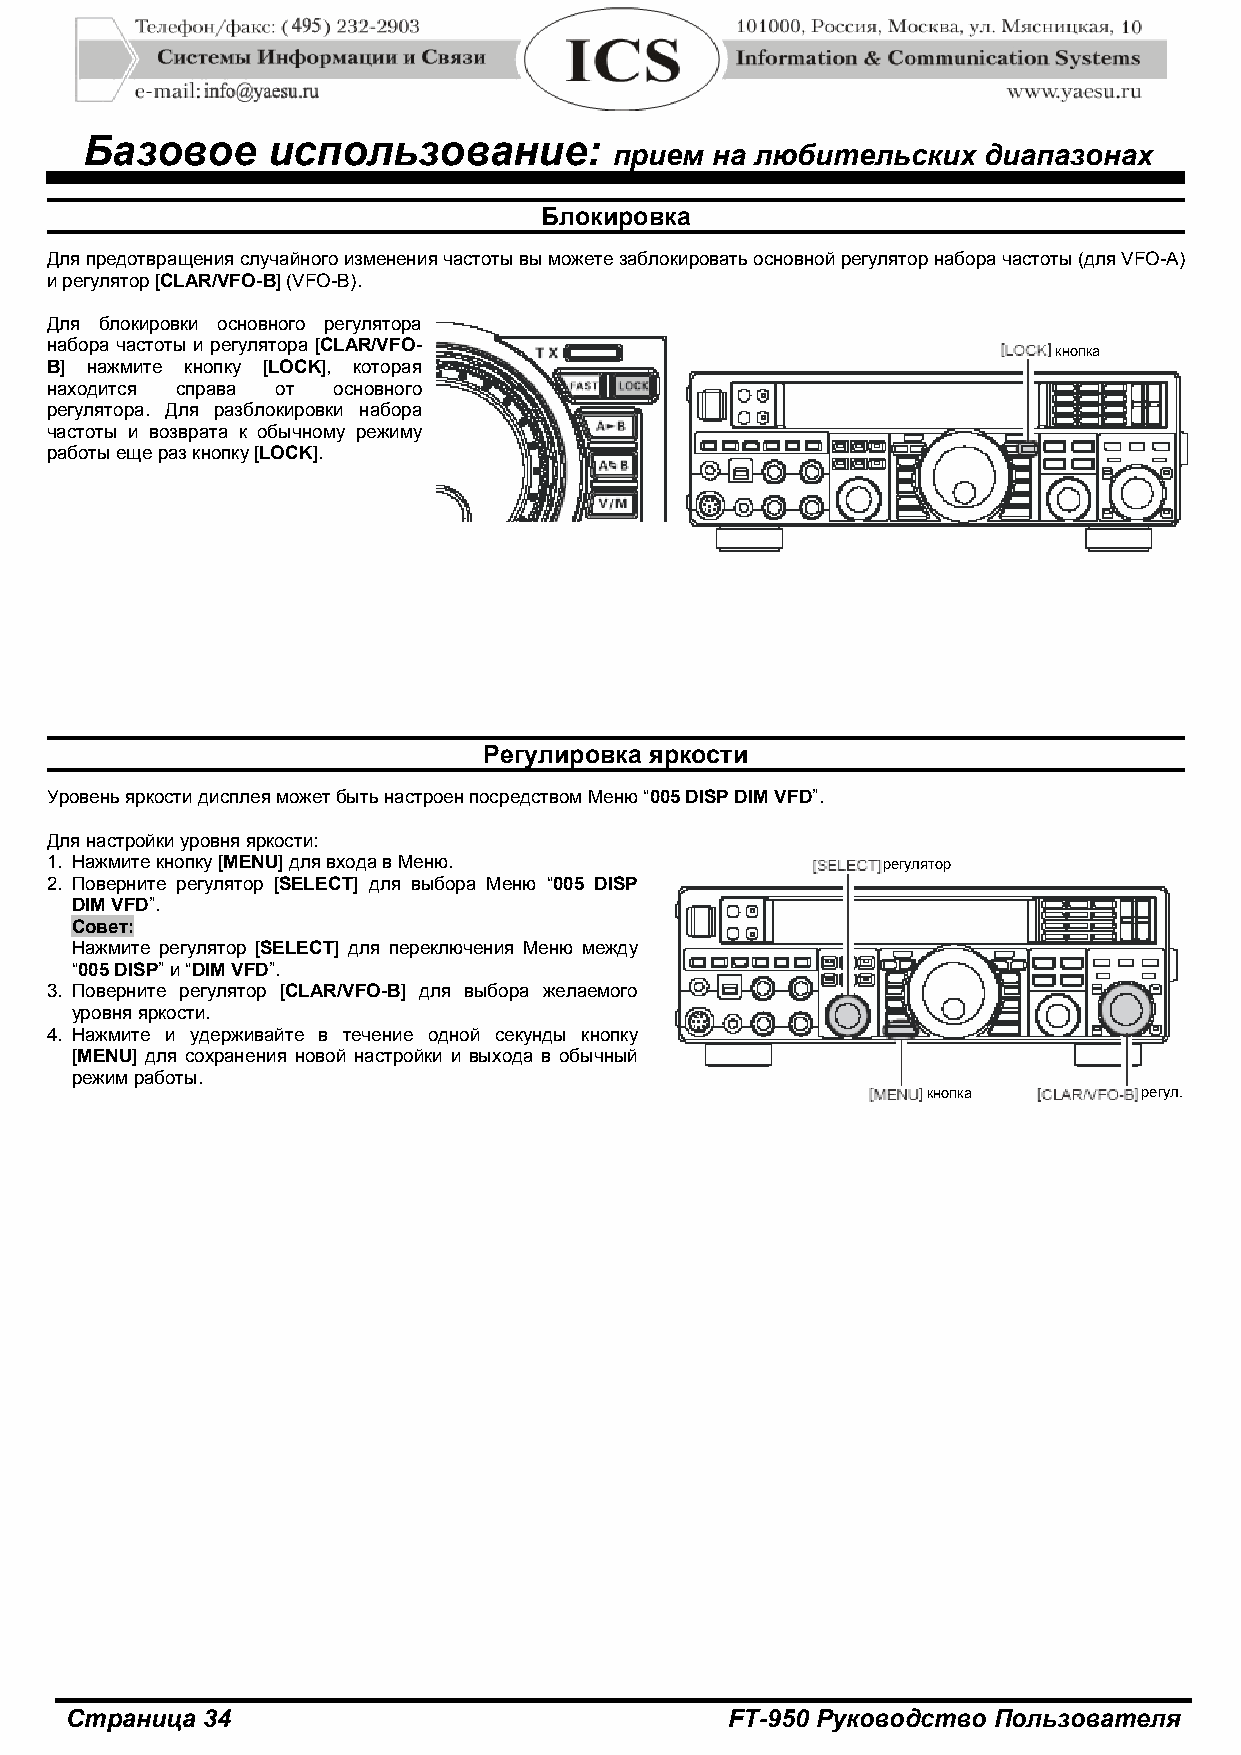
Базовое      использование:
 прием на любительских   диапазонах
 Блокировка
 Для предотвращения случайного изменения частоты вы можете заблокировать основной регулятор набора частоты (для VFO-A)
 и регулятор [CLAR/VFO-B] (VFO-B).
 Для блокировки основного регулятора
 набора частоты и регулятора [CLAR/VFO-
 кнопка
 B] нажмите кнопку [LOCK], которая
 находится справа от основного
 регулятора. Для разблокировки набора
 частоты и возврата к обычному режиму
 работы еще раз кнопку [LOCK].
 Регулировка яркости
 Уровень яркости дисплея может быть настроен посредством Меню “005 DISP DIM VFD”.
 Для настройки уровня яркости:
 1. Нажмите кнопку [MENU] для входа в Меню.             регулятор
 2. Поверните регулятор [SELECT] для выбора Меню “005 DISP
 DIM VFD”.
 Совет:
 Нажмите регулятор [SELECT] для переключения Меню между
 “005 DISP” и “DIM VFD”.
 3. Поверните регулятор [CLAR/VFO-B] для выбора желаемого
 уровня яркости.
 4. Нажмите и удерживайте в течение одной секунды кнопку
 [MENU] для сохранения новой настройки и выхода в обычный
 режим работы.
 кнопка         регул.
 Страница 34                                 FT-950 Руководство Пользователя